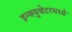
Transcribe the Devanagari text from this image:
इन्क्युबेटरमध्ये